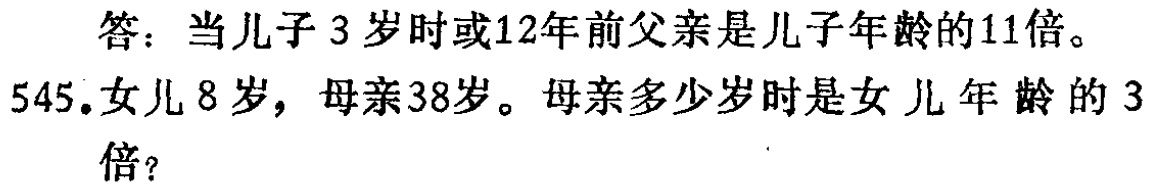
答：当儿子3岁时或12年前父亲是儿子年龄的11倍。

545.女儿8岁，母亲38岁。母亲多少岁时是女儿年龄的3倍？